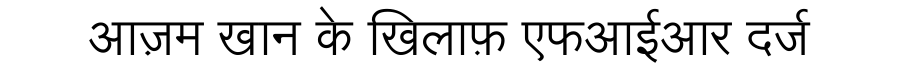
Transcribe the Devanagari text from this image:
आज़म खान के खिलाफ़ एफआईआर दर्ज